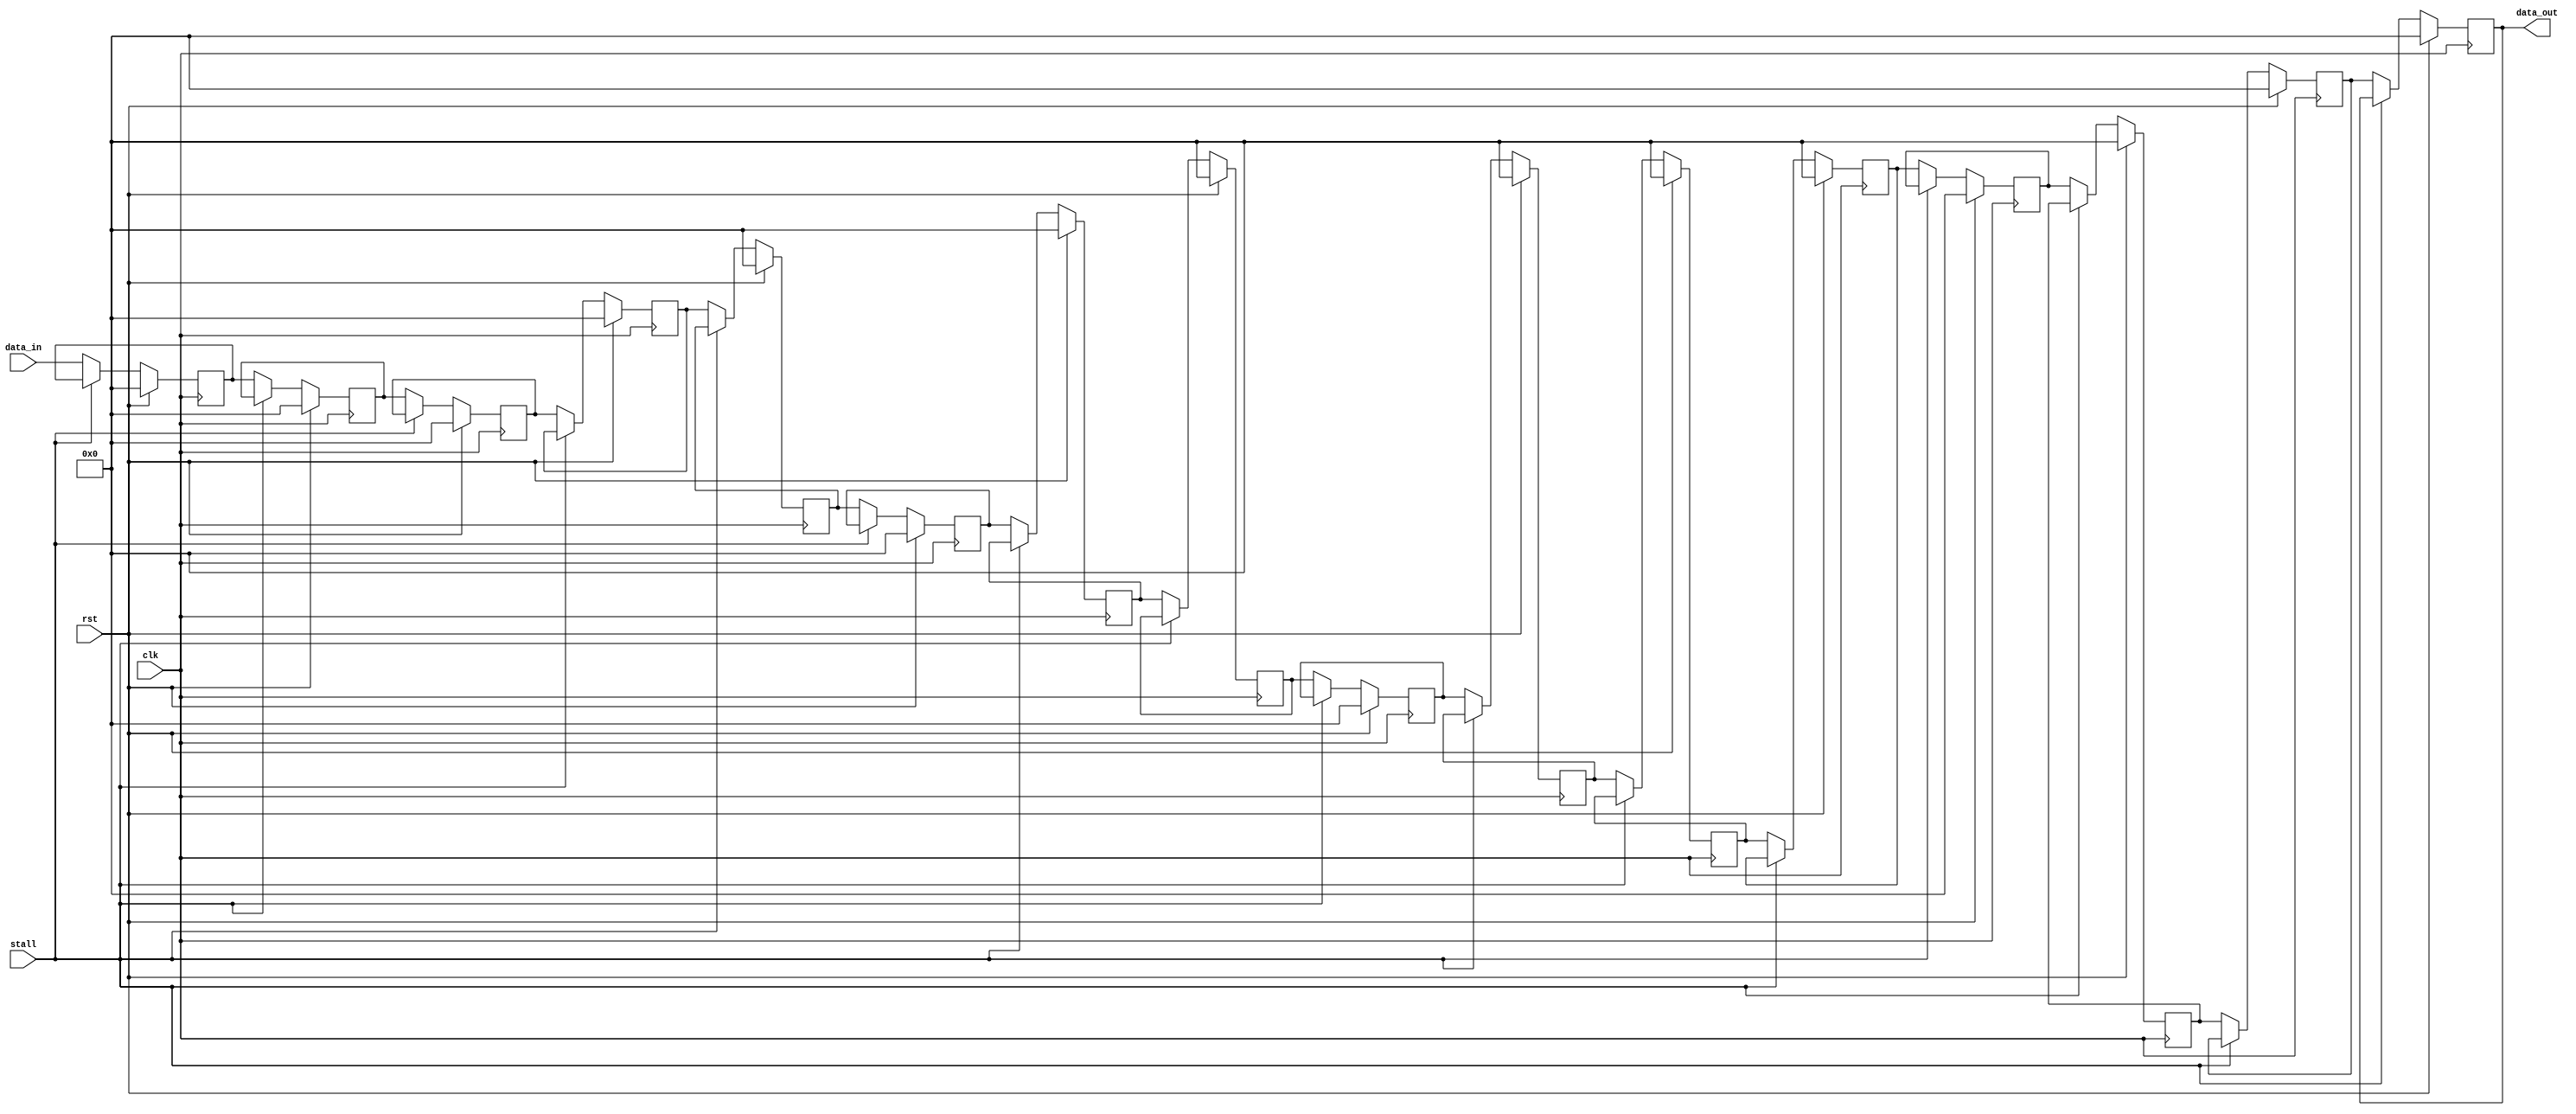
`timescale 1 ns / 1 ps
module delayer
(
clk,
rst,
stall,
data_in,
data_out
);

parameter depth = 16;
parameter width = 32;

input clk;
input rst;
input stall;
input [width-1:0]data_in;
output [width-1:0]data_out;

reg [width-1:0] stage [depth-1:0];

integer i;
always @ (posedge clk)
begin
if(rst)
begin
 	stage[0] <= 0;
	for(i=1; i<depth; i=i+1)
	begin
		stage[i]<=0;
	end 
end
else
if(stall)
begin
end
else
begin
	stage[0] <= data_in;
	for(i=1; i<depth; i=i+1)
	begin
		stage[i]<=stage[i-1];
	end
end
end

assign data_out=stage[depth-1];
endmodule